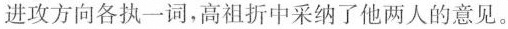
进攻方向各执一词，高祖折中采纳了他两人的意见。